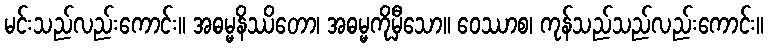
မင်းသည်လည်းကောင်း။ အဓမ္မနိဿိတော၊ အဓမ္မကိုမှီသော။ ဝေဿာစ၊ ကုန်သည်သည်လည်းကောင်း။